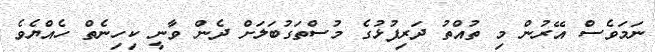
ނަމަވެސް އޭރުން މި ތުއްތު ދަރިފުޅުގެ މުސްތަގުބަލަށް ދެން ވާނީ ކިހިނެތްް ހެއްޔެވެ